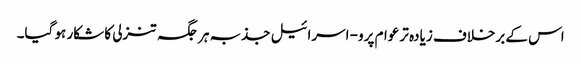
اس کے برخلاف زیادہ تر عوام پرو- اسرائیل جذبہ ہر جگہ تنزلی کا شکار ہو گیا۔